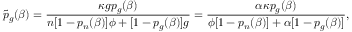
\tilde { p } _ { g } ( \beta ) = \frac { \kappa g p _ { g } ( \beta ) } { n [ 1 - p _ { n } ( \beta ) ] \phi + [ 1 - p _ { g } ( \beta ) ] g } = \frac { \alpha \kappa p _ { g } ( \beta ) } { \phi [ 1 - p _ { n } ( \beta ) ] + \alpha [ 1 - p _ { g } ( \beta ) ] } ,